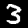
Digit: 3